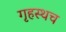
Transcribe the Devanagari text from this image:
गृहस्थच